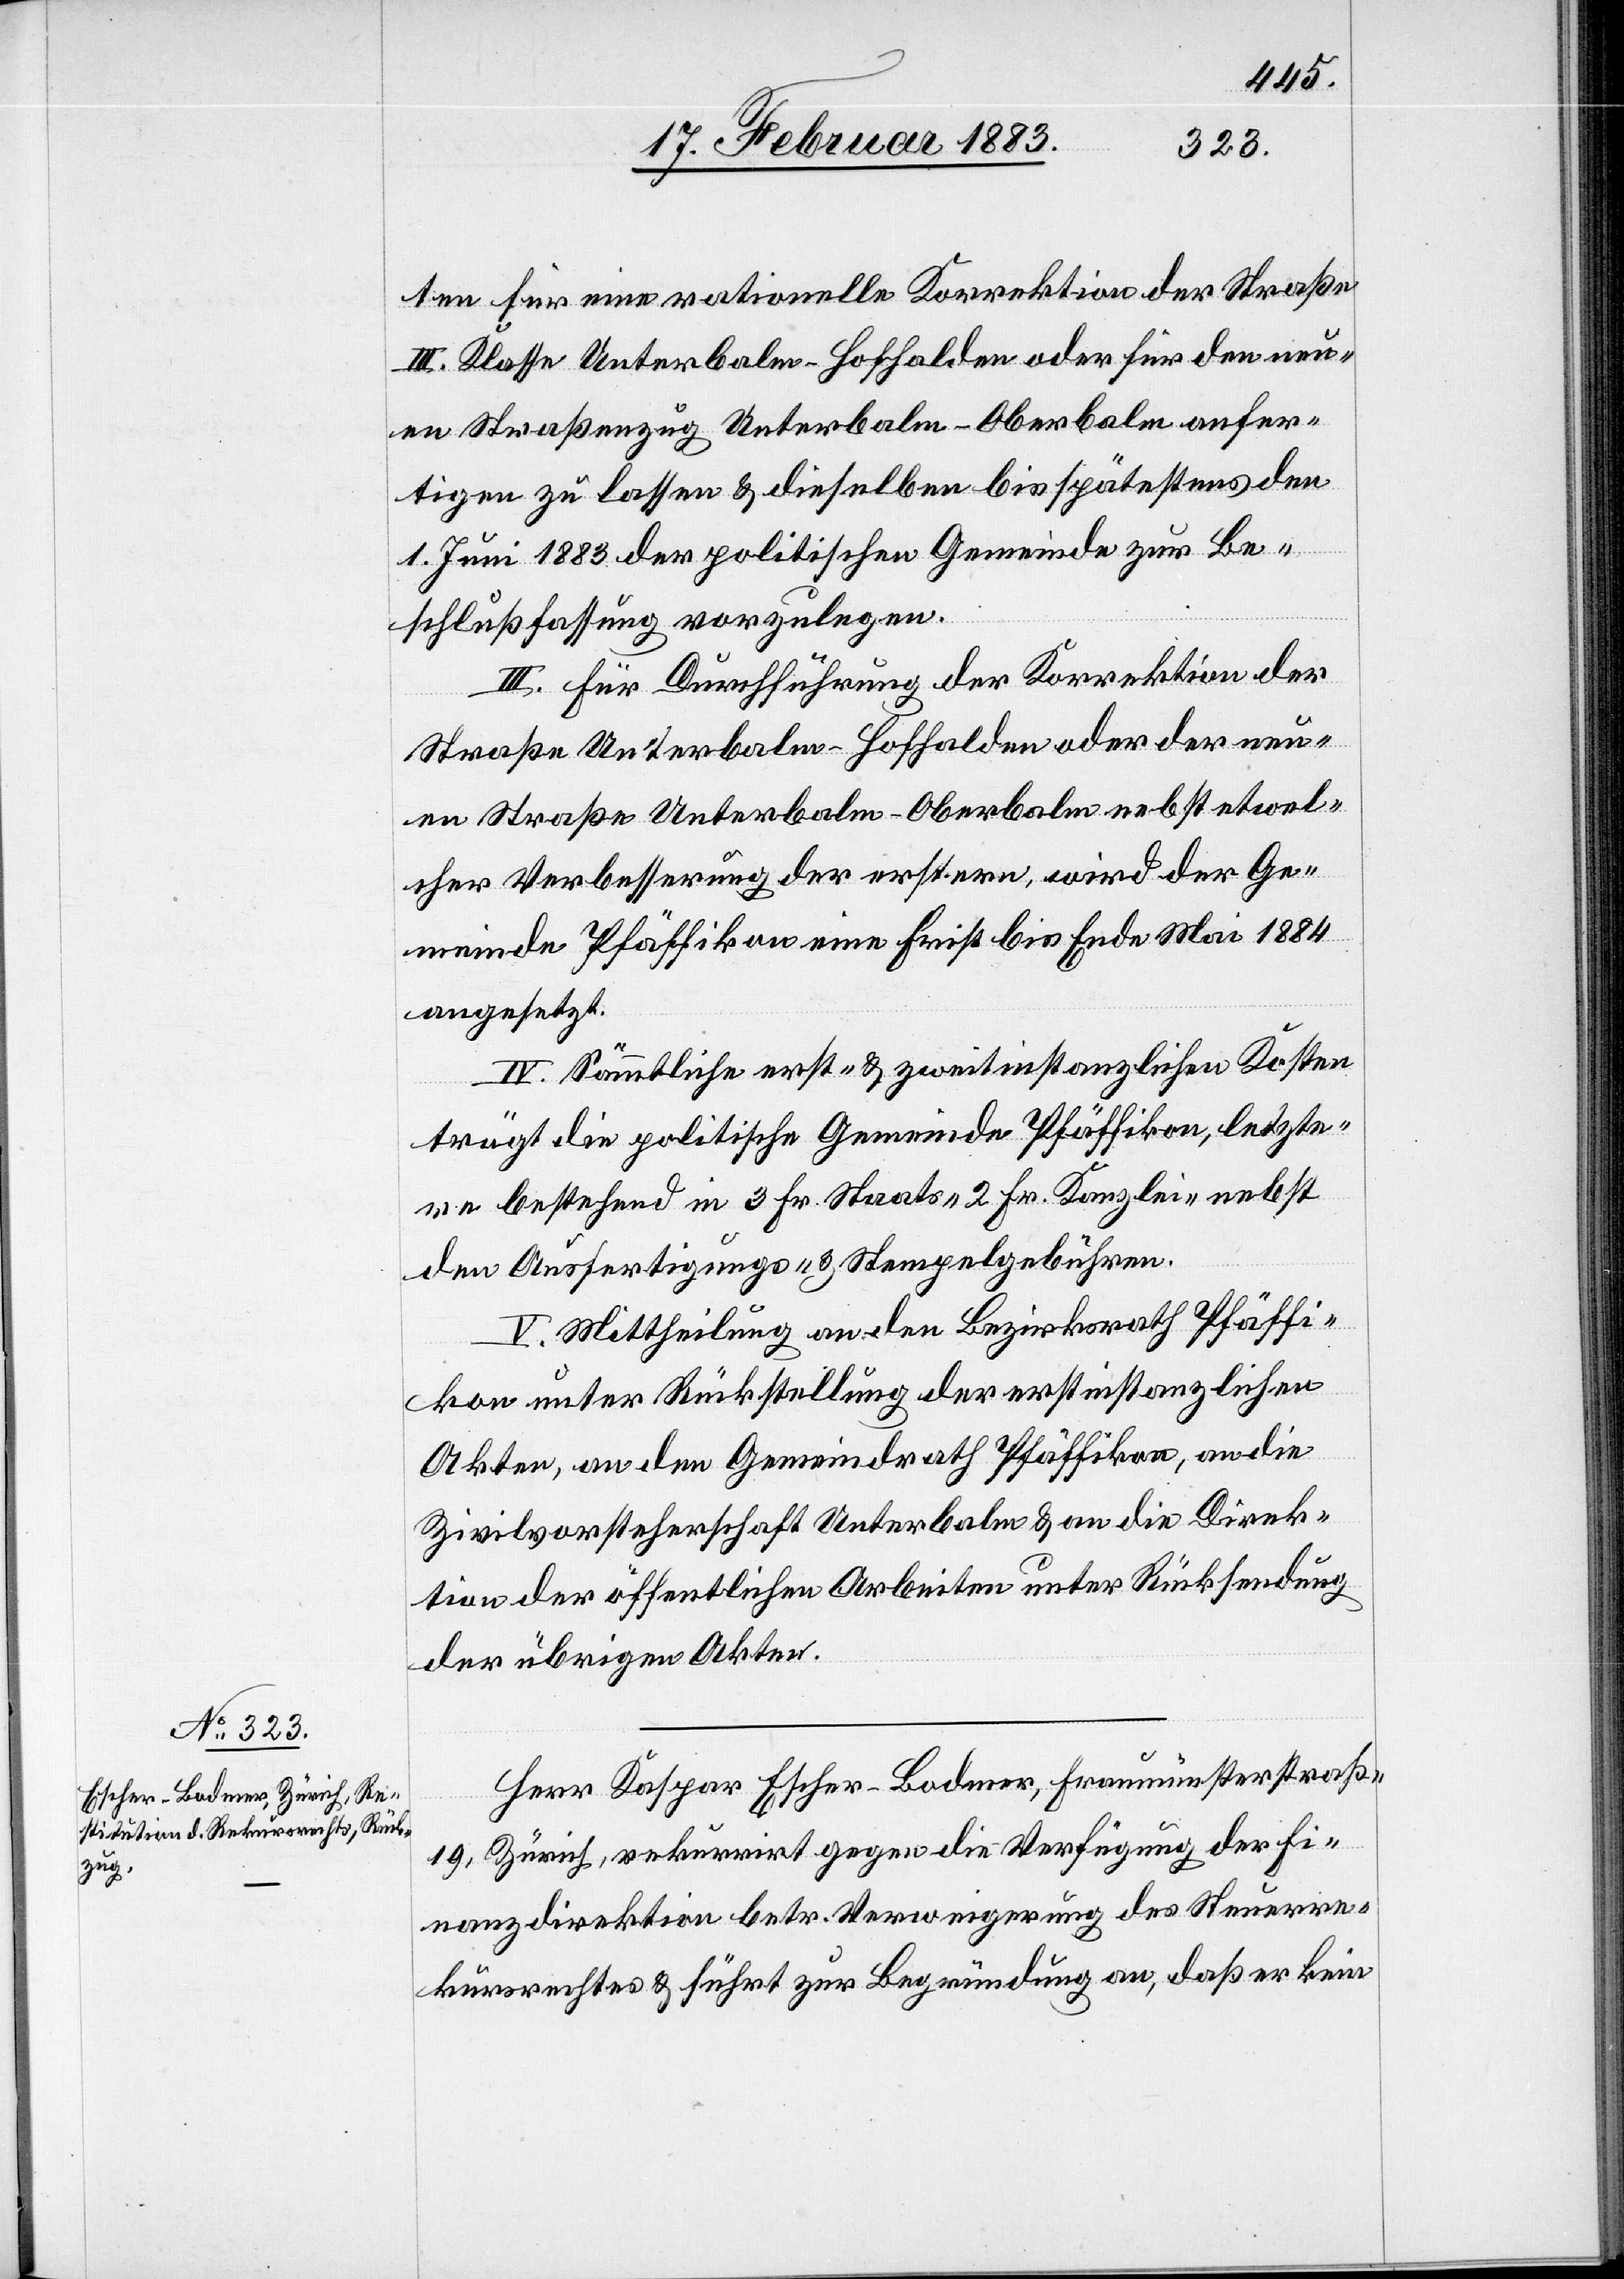
letzte¬

ten für eine rationelle Korrektion der Straße
III. Klasse Unterbalm–Hofhalden oder für den neu¬
en Straßenzug Unterbalm–Oberbalm anfer¬
tigen zu lassen & dieselben bis spätestens den
die
1. Juni 1883 der politischen Gemeinde zur Be¬
schlußfassung vorzulegen.
III. Für Durchführung der Korrektion der
Straße Unterbalm–Oberbalm nebst etwel¬
cher Verbesserung der erstern, wird der Ge¬
meinde Pfäffikon eine Frist bis Ende Mai 1884
angesetzt.
IV. Sämmtliche erst- & zweitinstanzlichen Kosten
re bestehend in 3 Fr. Staats- 2 Fr. Kanzlei- nebst
den Ausfertigungs- & Stempelgebühren.
V. Mittheilung an den Bezirksrath Pfäffi¬
kon unter Rückstellung der erstinstanzlichen
Akten, an den Gemeindrath Pfäffikon, an die
Zivilvorsteherschaft Unterbalm & an die Direk¬
tion der öffentlichen Arbeiten unter Rücksendung
der übrigen Akten.
Herr Kaspar Escher-Bodmer, Fraumünsterstraße
19, Zürich, rekurrirt gegen die Verfügung der Fi¬
nanzdirektion betr. Verweigerung des Steuerre¬
kursrechtes & führt zur Begründung an, daß er kein